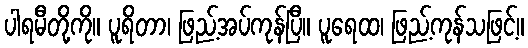
ပါရမီတို့ကို။ ပူရိတာ၊ ဖြည့်အပ်ကုန်ပြီ။ ပူရေထ၊ ဖြည့်ကုန်သဖြင့်။